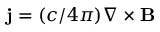
{ \bf j } = ( c / 4 \pi ) \nabla \times { \bf B }